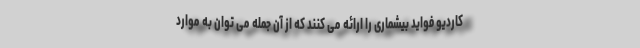
کاردیو فواید بیشماری را ارائه می کنند که از آن جمله می توان به موارد